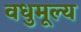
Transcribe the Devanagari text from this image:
वधुमूल्य